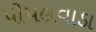
પીપલવાડા